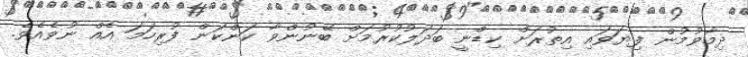
ދިމާވުމުން ފިޔަވައި އިތުރަށް ކިޑްނީ ބަދަލުކުރުމަށް ބޭނުންވާ ކަންކަން ފުރިހަމަ އެއް ނުވެއެވެ.